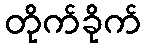
တိုက်ခိုက်